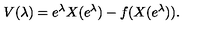
V ( \lambda ) = e ^ { \lambda } X ( e ^ { \lambda } ) - f ( X ( e ^ { \lambda } ) ) .